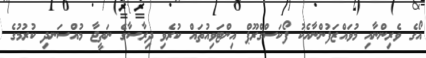
އޯގެ ވެރިންނާއި މުވައްޒަފުންނާއެކު ފޯކަސްގްރޫޕް އިންޓަވިއުތައް ކުރެވި ދިރާސާގެ ނަތީޖާ މުއްސަނދި ކުރުމުގެ